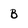
Character: B